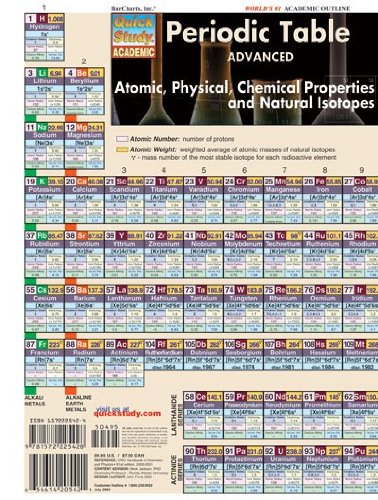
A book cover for Periodic Table Advanced (Quickstudy Reference Guides - Academic); Inc. BarCharts; Science & Math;